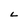
Character: L